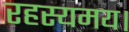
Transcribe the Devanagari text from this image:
रहस्यमय।